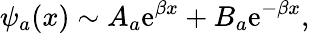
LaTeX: \psi_{a}(x)\sim A_{a}\mathrm{e}^{\beta x}+B_{a}\mathrm{e}^{-\beta x},